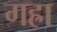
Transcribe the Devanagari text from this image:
गह्रा